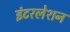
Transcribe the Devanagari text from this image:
इंटरलेशन